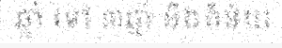
ឆ្នាំ ទៅ ៣ឆ្នាំ និងពិន័យ